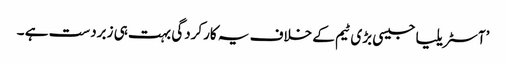
’آسٹریلیا جیسی بڑی ٹیم کے خلاف یہ کارکردگی بہت ہی زبردست ہے ۔